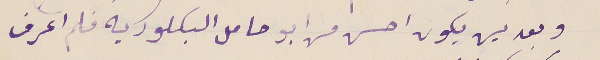
وبعدين يكون احسن من ابو حامل البكلوريه فلم اعرف